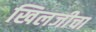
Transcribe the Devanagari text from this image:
खिलजीचा